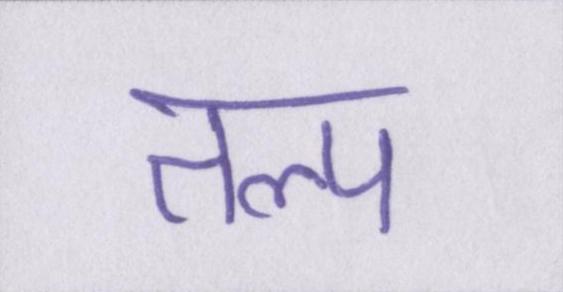
तल्प